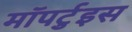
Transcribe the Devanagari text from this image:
मॉपर्टुइस